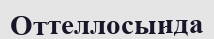
Оттеллосында